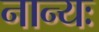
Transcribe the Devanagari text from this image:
नान्यः